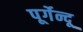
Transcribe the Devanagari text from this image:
पूर्गेन्दू